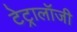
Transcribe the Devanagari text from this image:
टेट्रालॉजी